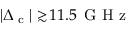
| \Delta _ { \textrm { c } } | \gtrsim \! 1 1 . 5 \ensuremath { \, \mathrm { ~ G ~ H ~ z ~ } }